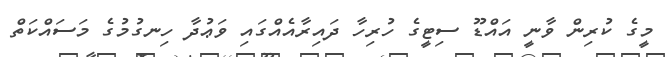
މީގެ ކުރިން ވާނީ އައްޑޫ ސިޓީގެ ހުރިހާ ދައިރާއެއްގައި ވަޢުދާ ހިނގުމުގެ މަސައްކަތް